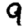
Digit: 9